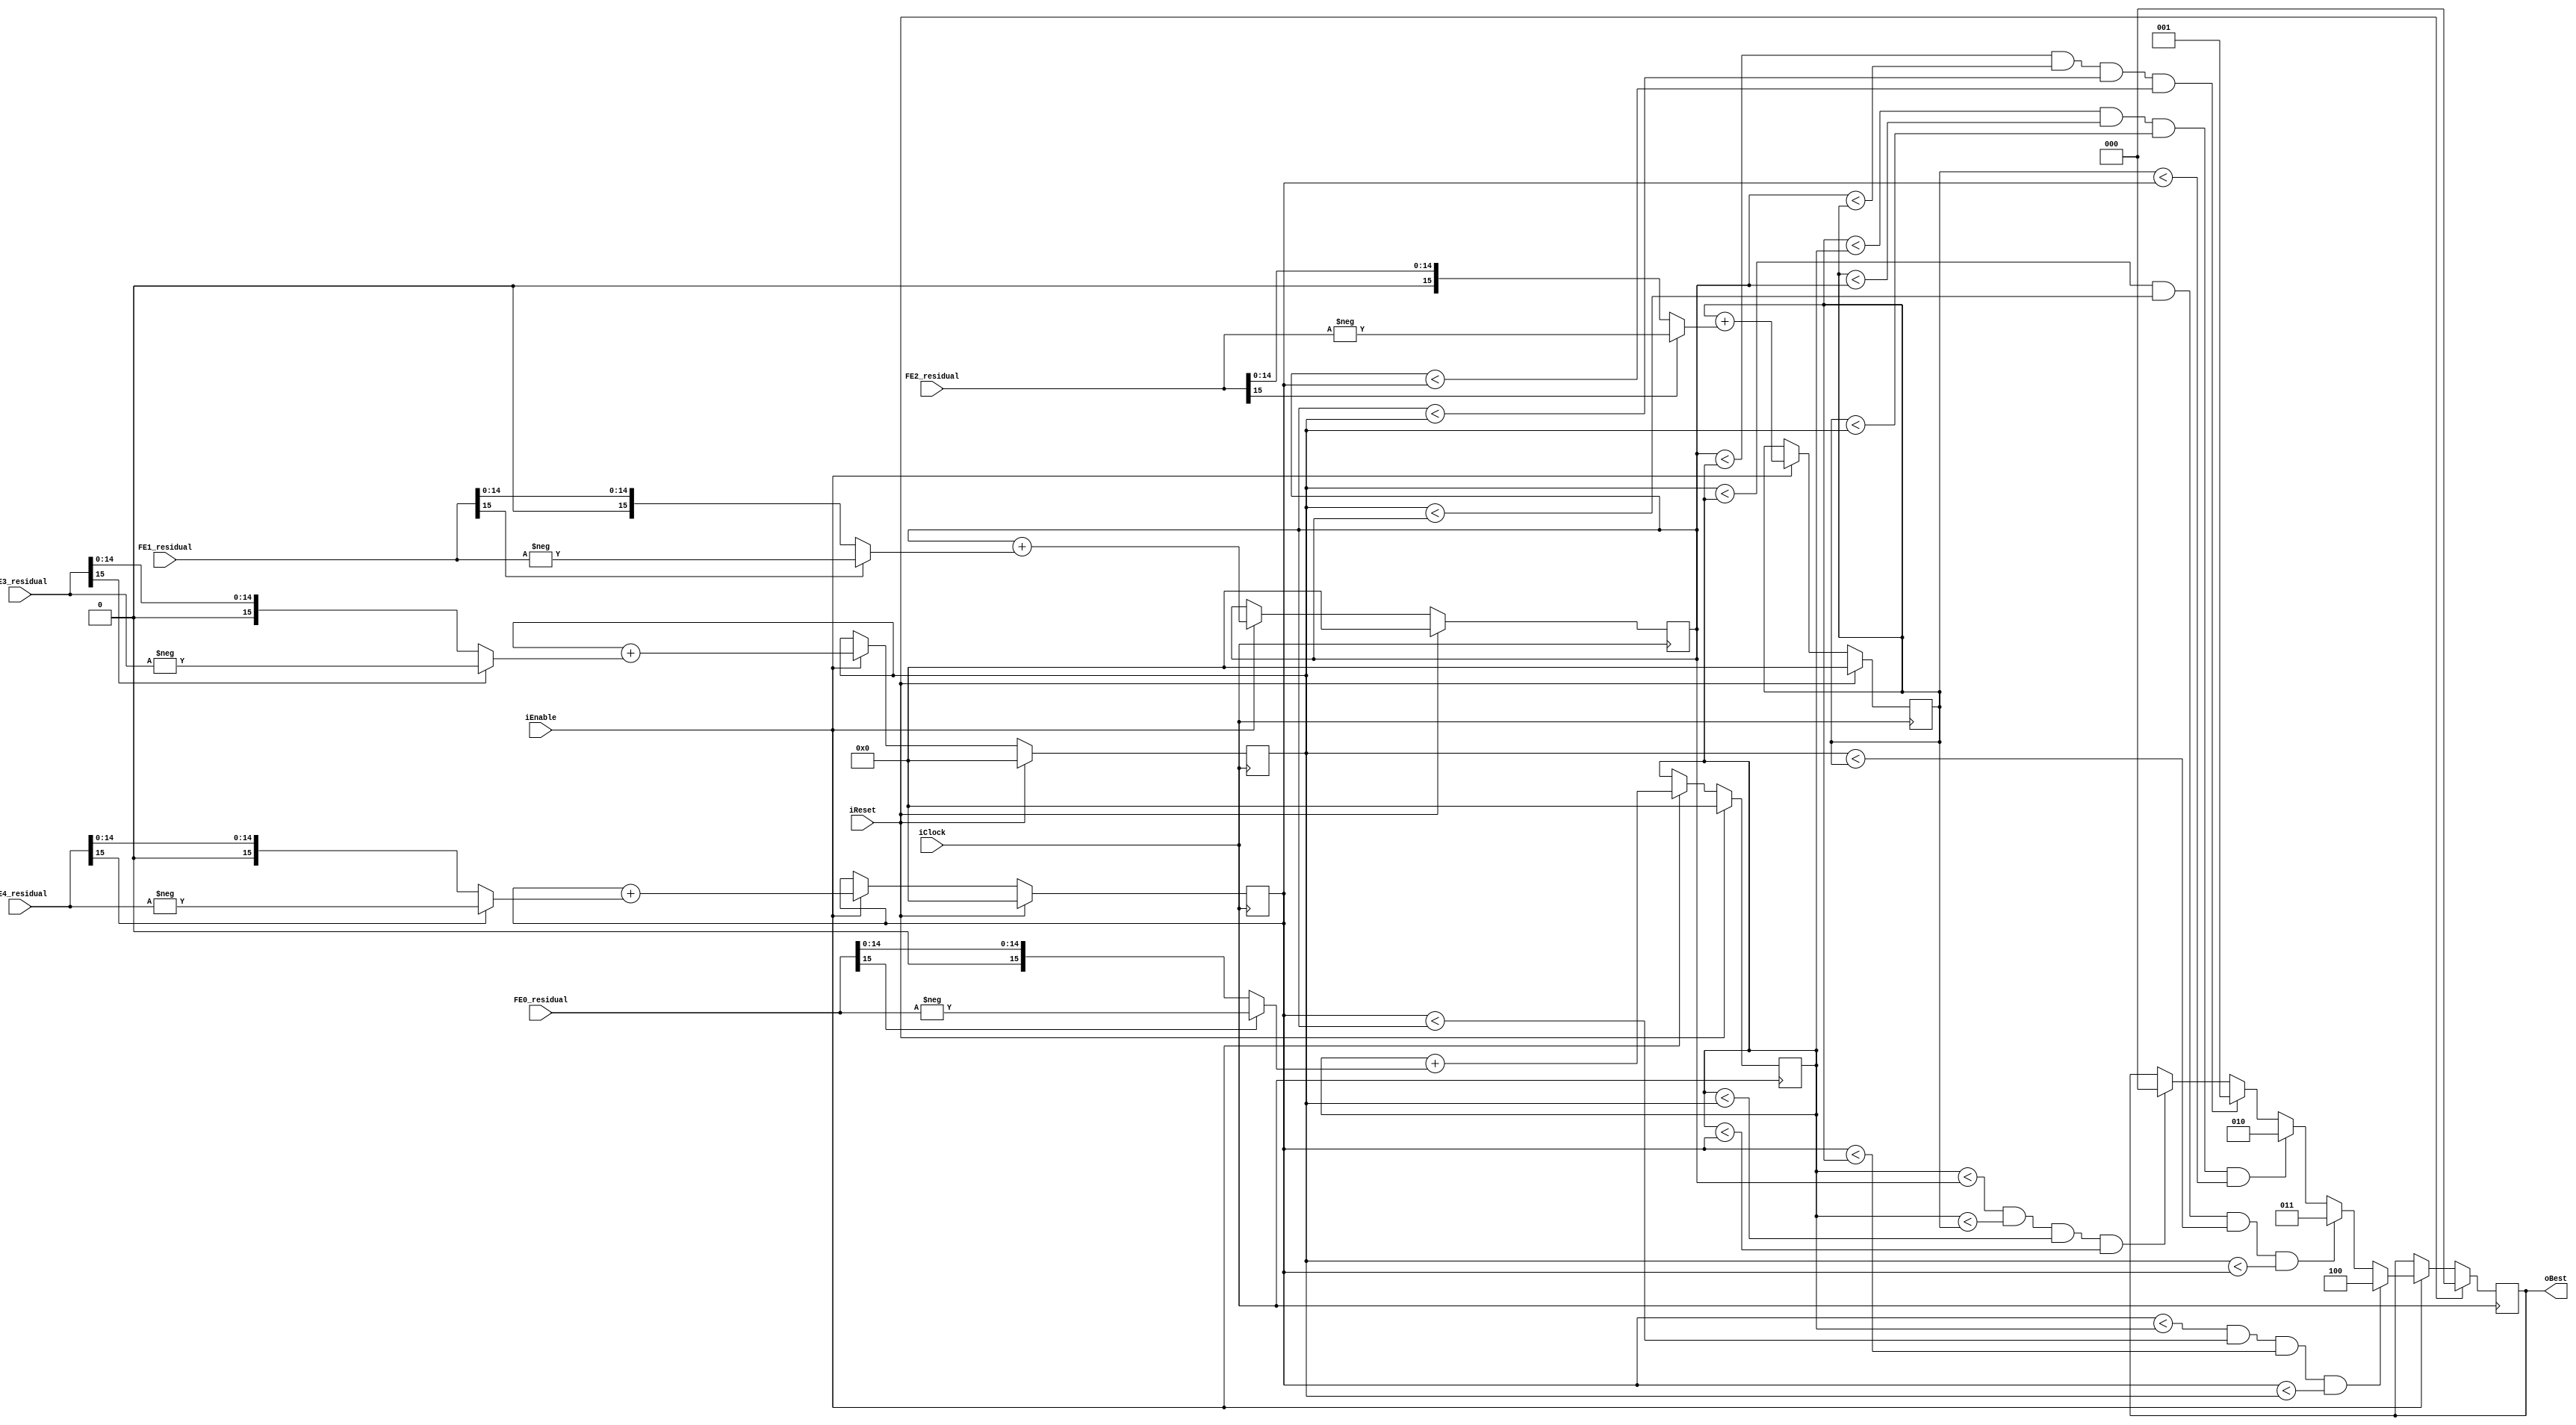
module ChooseBestFixed(
    input wire iClock,
    input wire iEnable, 
    input wire iReset,
    
    input wire signed [15:0] FE0_residual,
    input wire signed [15:0] FE1_residual,
    input wire signed [15:0] FE2_residual,
    input wire signed [15:0] FE3_residual,
    input wire signed [15:0] FE4_residual,
    
    output wire [2:0] oBest
    );

reg [2:0] best;
assign oBest = best;

wire [15:0] FE0_res_abs = FE0_residual[15] ? -FE0_residual : FE0_residual;
wire [15:0] FE1_res_abs = FE1_residual[15] ? -FE1_residual : FE1_residual;
wire [15:0] FE2_res_abs = FE2_residual[15] ? -FE2_residual : FE2_residual;
wire [15:0] FE3_res_abs = FE3_residual[15] ? -FE3_residual : FE3_residual;
wire [15:0] FE4_res_abs = FE4_residual[15] ? -FE4_residual : FE4_residual;

/* Maximum error is 2^15-1 * 4096. This fits in a 27 bit number */
reg signed [27:0] FE0_error;
reg signed [27:0] FE1_error;
reg signed [27:0] FE2_error;
reg signed [27:0] FE3_error;
reg signed [27:0] FE4_error;

always @(posedge iClock) begin
    if (iReset) begin
        best = 0;
        FE0_error <= 0;
        FE1_error <= 0;
        FE2_error <= 0;
        FE3_error <= 0;
        FE4_error <= 0;
    end else if (iEnable) begin
        FE0_error <= FE0_error + FE0_res_abs;
        FE1_error <= FE1_error + FE1_res_abs;
        FE2_error <= FE2_error + FE2_res_abs;
        FE3_error <= FE3_error + FE3_res_abs;
        FE4_error <= FE4_error + FE4_res_abs;
        
        if (FE0_error < FE1_error && FE0_error < FE2_error
            && FE0_error < FE3_error && FE0_error < FE4_error) best <= 3'd0;
        
        if (FE1_error < FE0_error && FE1_error < FE2_error
            && FE1_error < FE3_error && FE1_error < FE4_error) best <= 3'd1;
        
        if (FE2_error < FE0_error && FE2_error < FE1_error
            && FE2_error < FE3_error && FE2_error < FE4_error) best <= 3'd2;
        
        if (FE3_error < FE0_error && FE3_error < FE1_error
            && FE3_error < FE2_error && FE3_error < FE4_error) best <= 3'd3;
        
        if (FE4_error < FE0_error && FE4_error < FE1_error
            && FE4_error < FE2_error && FE4_error < FE3_error) best <= 3'd4;
    end
end
endmodule